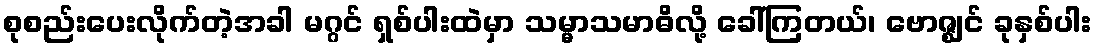
စုစည်းပေးလိုက်တဲ့အခါ မဂ္ဂင် ရှစ်ပါးထဲမှာ သမ္မာသမာဓိလို့ ခေါ်ကြတယ်၊ ဗောဇ္ဈင် ခုနှစ်ပါး